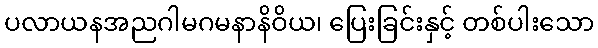
ပလာယနအညဂါမဂမနာနိဝိယ၊ ပြေးခြင်းနှင့် တစ်ပါးသော